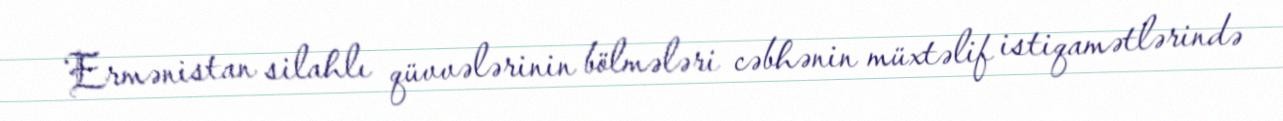
Ermənistan silahlı qüvvələrinin bölmələri cəbhənin müxtəlif istiqamətlərində